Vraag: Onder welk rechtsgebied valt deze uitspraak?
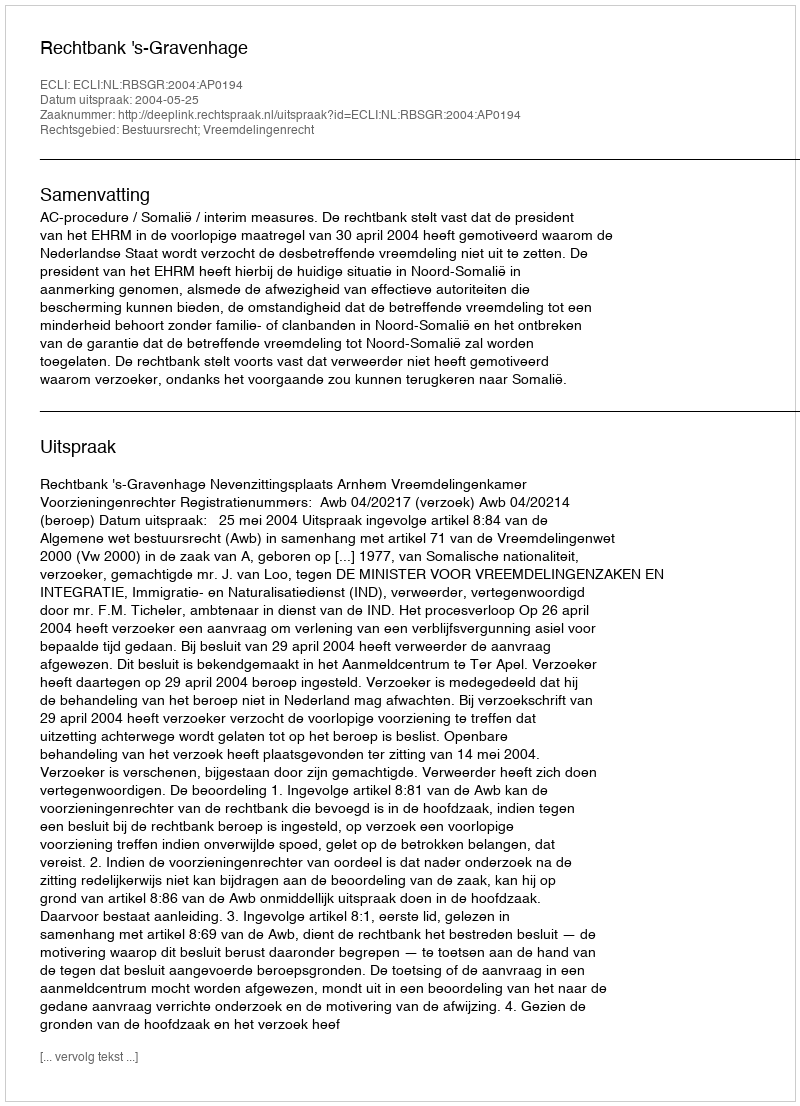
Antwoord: Bestuursrecht; Vreemdelingenrecht